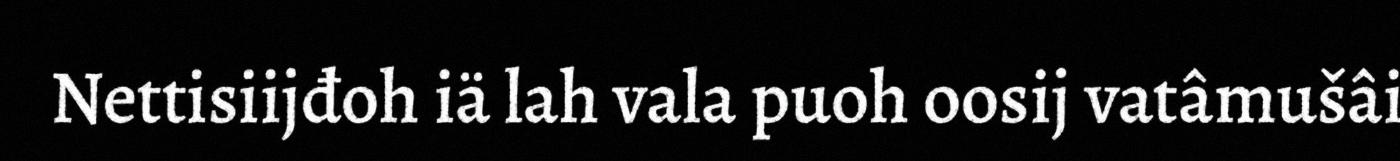
Nettisiijđoh iä lah vala puoh oosij vatâmušâi